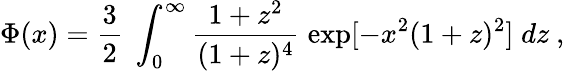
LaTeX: \Phi(x)={\frac{3}{2}}\; \int_{0}^{\infty}{\frac{1+z^{2}}{(1+z)^{4}}}\; \mathrm{exp}[-x^{2}(1+z)^{2}]\; dz\ ,